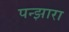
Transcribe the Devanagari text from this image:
पन्झारा